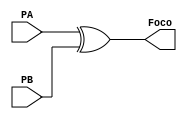
`timescale 1ns / 1ps
//////////////////////////////////////////////////////////////////////////////////
// Company: 
// Engineer: 
// 
// Design Name: 
// Module Name: apagadorDeEscalera
// Project Name: 
// Target Devices: 
// Tool Versions: 
// Description: 
// 
// Dependencies: 
// 
// Revision:
// Revision 0.01 - File Created
// Additional Comments:
// 
//////////////////////////////////////////////////////////////////////////////////


module apagadorDeEscalera(
  input PB,
  input PA,

  output Foco
    );

    assign Foco = PA ^ PB;

endmodule